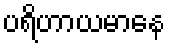
ပရိဟာယမာနေ